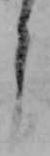
う